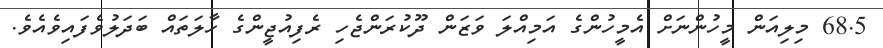
68.5 މިލިއަން މީހުންނަށް އެމީހުންގެ އަމިއްލަ ވަޒަން ދޫކުރަންޖެހި ރެފިއުޖީންގެ ހާލަތައް ބަދަލުވެފައިވެއެވެ.